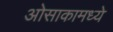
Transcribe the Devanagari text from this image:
ओसाकामध्ये